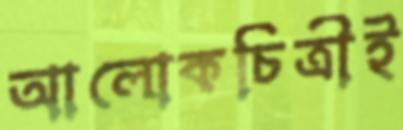
আলোকচিত্রীই